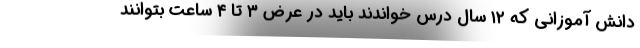
دانش آموزانی که ۱۲ سال درس خواندند باید در عرض ۳ تا ۴ ساعت بتوانند